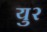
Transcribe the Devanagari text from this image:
यु२